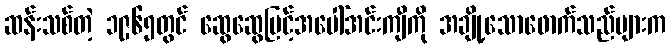
ဆန်းသစ်တဲ့ ၁၉၆၅တွင် ဆွေဆွေမြင့်အပေါ်အင်းကျီကို အချို့သောဖောက်သည်များက